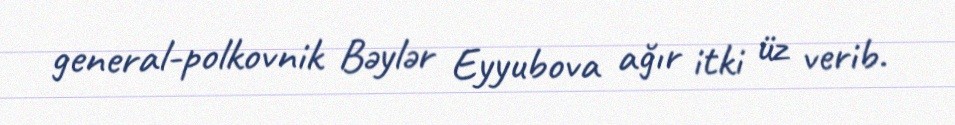
general-polkovnik Bəylər Eyyubova ağır itki üz verib.